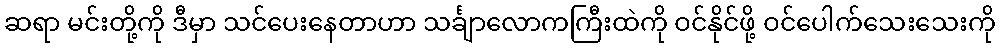
ဆရာ မင်းတို့ကို ဒီမှာ သင်ပေးနေတာဟာ သင်္ချာလောကကြီးထဲကို ဝင်နိုင်ဖို့ ဝင်ပေါက်သေးသေးကို